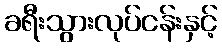
ခရီးသွားလုပ်ငန်းနှင့်